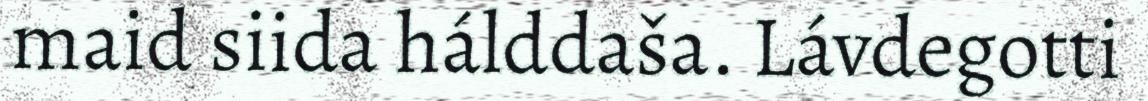
maid siida hálddaša. Lávdegotti